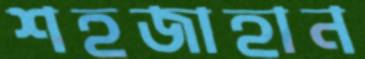
শহজাহান